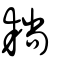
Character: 耥